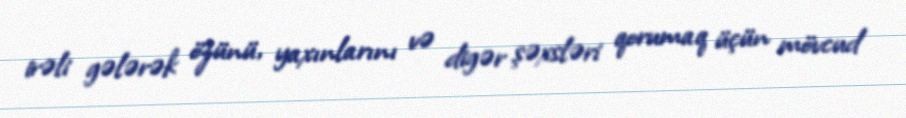
irəli gələrək özünü, yaxınlarını və digər şəxsləri qorumaq üçün mövcud